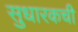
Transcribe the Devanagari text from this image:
सुधारकची